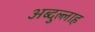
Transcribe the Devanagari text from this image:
अब्‍दुल्‍लाह